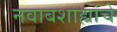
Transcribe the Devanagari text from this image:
नवाबशाह्यांचे